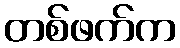
တစ်ဖက်က